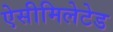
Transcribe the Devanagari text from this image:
ऐसीमिलेटेड